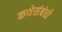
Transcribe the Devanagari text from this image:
कथेसंबंधी